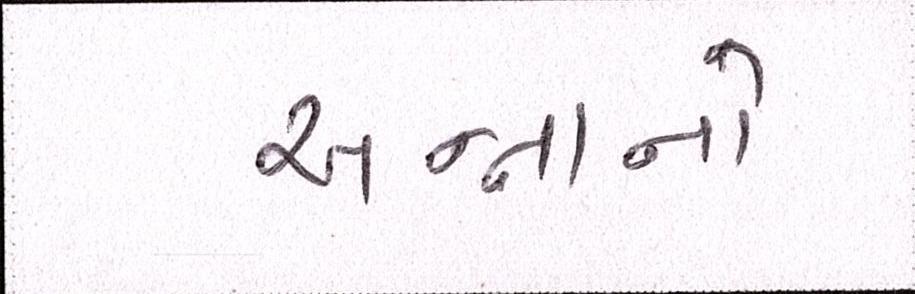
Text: અન્નાનો